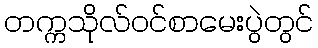
တက္ကသိုလ်ဝင်စာမေးပွဲတွင်